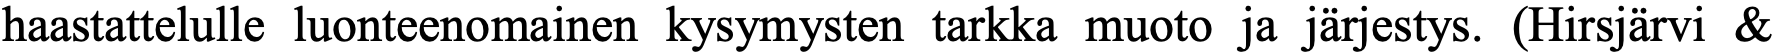
haastattelulle luonteenomainen kysymysten tarkka muoto ja järjestys. (Hirsjärvi &